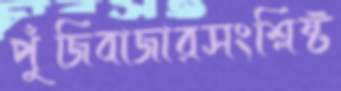
পুঁজিবাজারসংশ্লিষ্ট